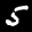
Label: 5